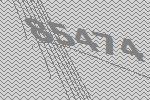
85474